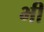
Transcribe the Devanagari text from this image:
भी